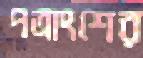
পত্রাংশের